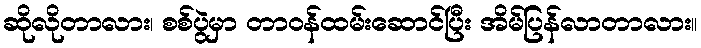
ဆိုလိုတာလား၊ စစ်ပွဲမှာ တာဝန်ထမ်းဆောင်ပြီး အိမ်ပြန်လာတာလား။